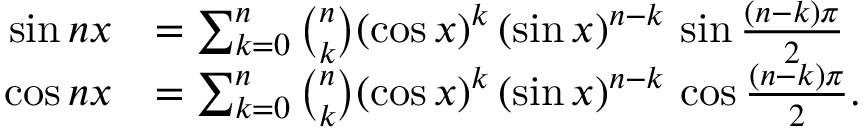
{ \begin{array} { r l } { \sin n x } & { = \sum _ { k = 0 } ^ { n } { \binom { n } { k } } ( \cos x ) ^ { k } \, ( \sin x ) ^ { n - k } \, \sin { \frac { ( n - k ) \pi } { 2 } } } \\ { \cos n x } & { = \sum _ { k = 0 } ^ { n } { \binom { n } { k } } ( \cos x ) ^ { k } \, ( \sin x ) ^ { n - k } \, \cos { \frac { ( n - k ) \pi } { 2 } } . } \end{array} }